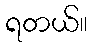
ရတယ်။